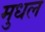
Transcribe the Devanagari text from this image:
मुधल